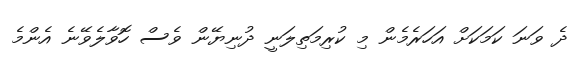
ދެ ވަނަ ކަމަކަށް އަހަރެމެން މި ކުރިމަތިލަނީ ދުނިޔޭން ވެސް ހޮވާލެވޭނެ އެންމެ